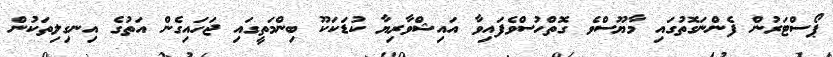
ޕޯސްޓަރުން ފެންނަގޮތުގައި މާޔޫސްވެ ގޮތްހުސްވެފައިވާ އައިޝްވާރިޔާ ކުޑަކަކޫ ބިންމަތީގައި ޖަހައިގެން އަތުގެ އިނގިލިތަކުން